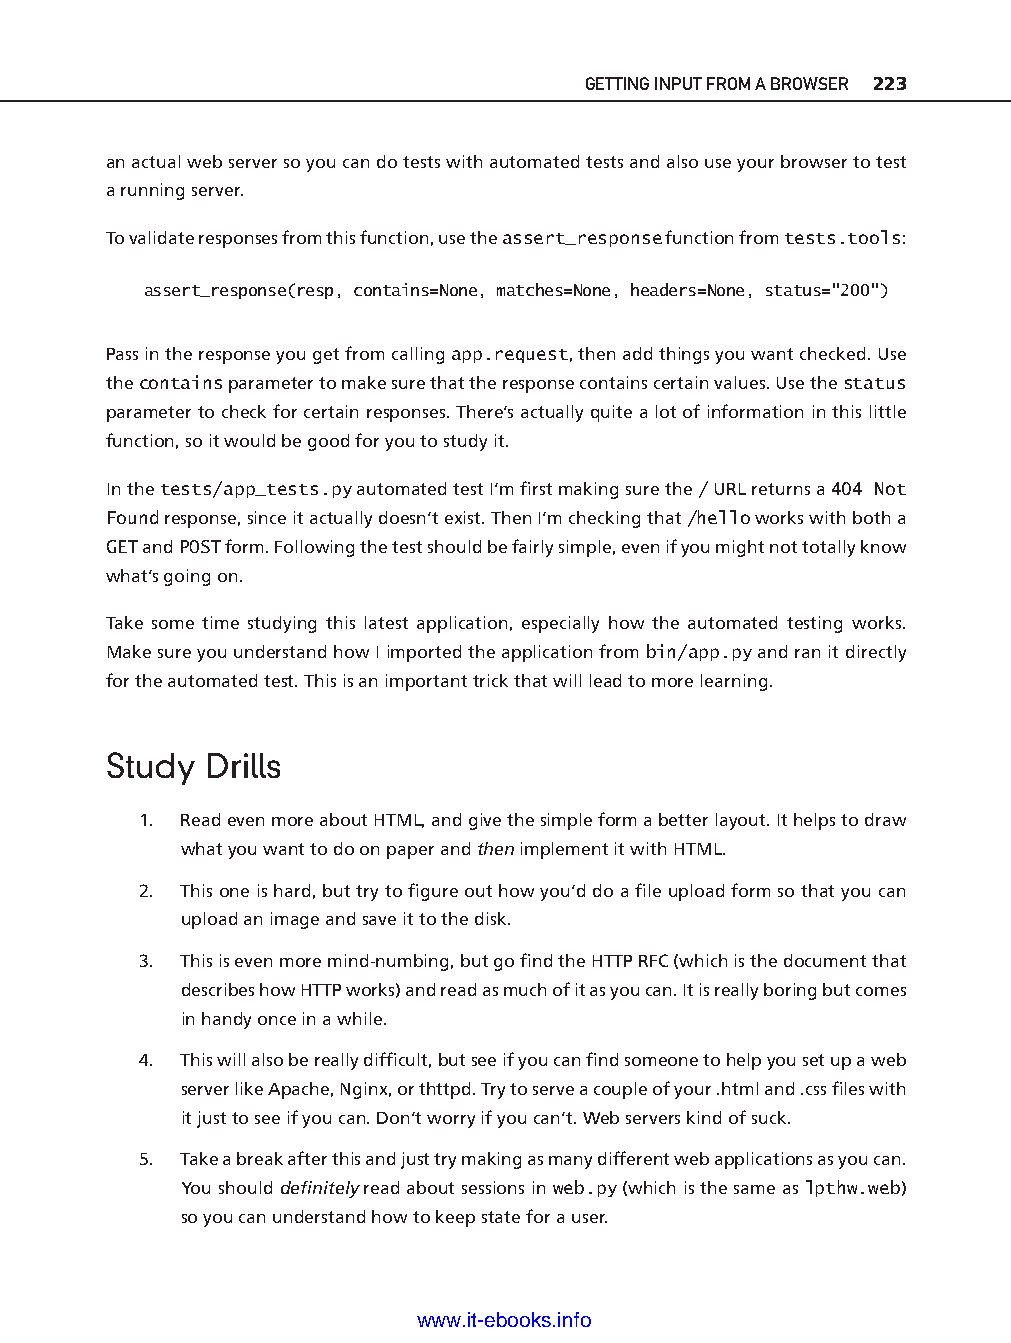
GETTING INPUT FROM A BROWSER 223
 an actual web server so you can do tests with automated tests and also use your browser to test
 a running server.
 To validate responses from this function, use the assert_response function from tests.tools:
 assert_response(resp, contains=None, matches=None, headers=None, status="200")
 Pass in the response you get from calling app.request, then add things you want checked. Use
 the contains parameter to make sure that the response contains certain values. Use the status
 parameter to check for certain responses. There’s actually quite a lot of information in this little
 function, so it would be good for you to study it.
 In the tests/app_tests.py automated test I’m fi rst making sure the / URL returns a 404 Not
 Found response, since it actually doesn’t exist. Then I’m checking that /hello works with both a
 GET and POST form. Following the test should be fairly simple, even if you might not totally know
 what’s going on.
 Take some time studying this latest application, especially how the automated testing works.
 Make sure you understand how I imported the application from bin/app.py and ran it directly
 for the automated test. This is an important trick that will lead to more learning. ptg11539604
 Study  Drills
 1. Read even more about HTML, and give the simple form a better layout. It helps to draw
 what you want to do on paper and then implement it with HTML.
 2. This one is hard, but try to fi gure out how you’d do a fi le upload form so that you can
 upload an image and save it to the disk.
 3. This is even more mind- numbing, but go fi nd the HTTP RFC (which is the document that
 describes how HTTP works) and read as much of it as you can. It is really boring but comes
 in handy once in a while.
 4. This will also be really diffi cult, but see if you can fi nd someone to help you set up a web
 server like Apache, Nginx, or thttpd. Try to serve a couple of your .html and .css fi les with
 it just to see if you can. Don’t worry if you can’t. Web servers kind of suck.
 5. Take a break after this and just try making as many different web applications as you can.
 You should defi nitely read about sessions in web.py (which is the same as lpthw.web)
 so you can understand how to keep state for a user.
 www.it-ebooks.info